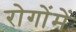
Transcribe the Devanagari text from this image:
रोगोंमें